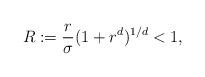
LaTeX: \begin{align*} R :=\frac r\sigma(1+r^d)^{1/d} < 1, \end{align*}